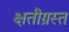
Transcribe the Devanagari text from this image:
क्षतीग्रस्त